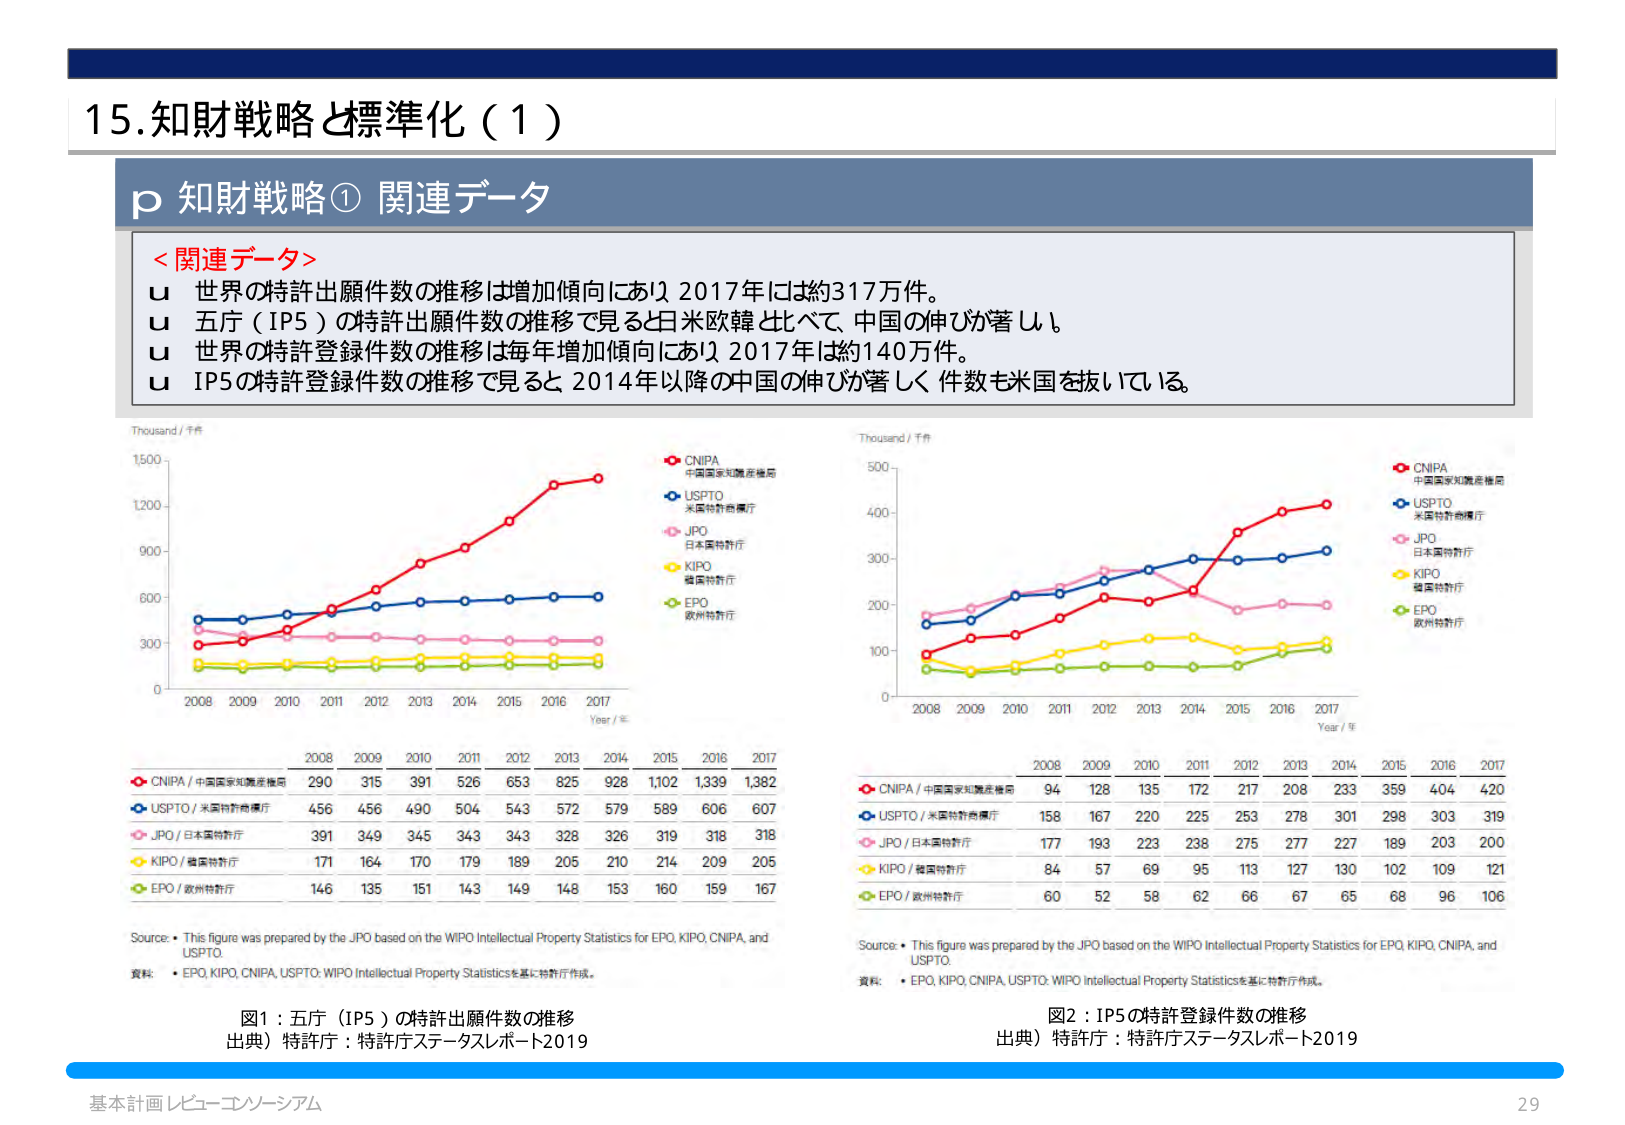
15. 知財戦略と標準化（1）

p 知財戦略① 関連データ

＜関連データ＞
u 世界の特許出願件数の推移は増加傾向にあり 2017年には約317万件。
u 五庁（IP5）の特許出願件数の推移で見ると日米欧韓比べて、中国の伸びが著しい。
u 世界の特許登録件数の推移は毎年増加傾向にあり 2017年は約140万件。
u IP5の特許登録件数の推移で見ると 2014年以降の中国の伸びが著しく 件数も米国を抜いている。

Thousand / 千件
CNIPA 中国国家知識産権局
USPTO 米国特許商標庁
JPO 日本特許庁
KIPO 韓国特許庁
EPO 欧州特許庁

Year / 年
2008 2009 2010 2011 2012 2013 2014 2015 2016 2017
CNIPA / 中国国家知識産権局 290 315 391 526 653 825 928 1,102 1,339 1,382
USPTO / 米国特許商標庁 456 456 490 504 543 572 579 589 606 607
JPO / 日本特許庁 391 349 345 343 343 328 326 319 318 318
KIPO / 韓国特許庁 171 164 170 179 189 205 210 214 209 205
EPO / 欧州特許庁 146 135 151 143 149 148 153 160 159 167

Source: • This figure was prepared by the JPO based on the WIPO Intellectual Property Statistics for EPO, KIPO, CNIPA, and USPTO.
資料: • EPO, KIPO, CNIPA, USPTO: WIPO Intellectual Property Statisticsを基に特許庁作成。

図1：五庁（IP5）の特許出願件数の推移
出典）特許庁：特許庁ステータスレポート2019

Thousand / 千件
CNIPA 中国国家知識産権局
USPTO 米国特許商標庁
JPO 日本特許庁
KIPO 韓国特許庁
EPO 欧州特許庁

Year / 年
2008 2009 2010 2011 2012 2013 2014 2015 2016 2017
CNIPA / 中国国家知識産権局 94 128 135 172 217 208 233 359 404 420
USPTO / 米国特許商標庁 158 167 220 225 253 278 301 298 303 319
JPO / 日本特許庁 177 193 223 238 275 277 227 189 203 200
KIPO / 韓国特許庁 84 57 69 95 113 127 130 102 109 121
EPO / 欧州特許庁 60 52 58 62 66 67 65 68 96 106

Source: • This figure was prepared by the JPO based on the WIPO Intellectual Property Statistics for EPO, KIPO, CNIPA, and USPTO.
資料: • EPO, KIPO, CNIPA, USPTO: WIPO Intellectual Property Statisticsを基に特許庁作成。

図2：IP5の特許登録件数の推移
出典）特許庁：特許庁ステータスレポート2019

基本計画レビュー・コンソーシアム
29